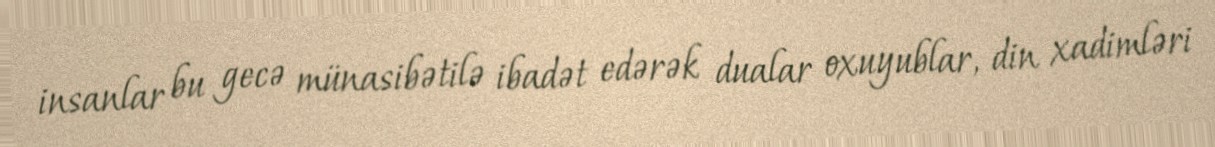
insanlar bu gecə münasibətilə ibadət edərək dualar oxuyublar, din xadimləri